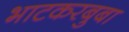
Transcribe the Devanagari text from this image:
भाटकरबुबा